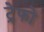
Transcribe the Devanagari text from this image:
ट्रेफो